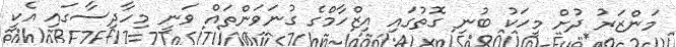
މަންޒަރު ދުށް މީހަކު ބުނި ގޮތުގައި އިޒްހާމްގެ ގުނަވަންތައް ވަނީ މިހާދިސާގައި އެކީ